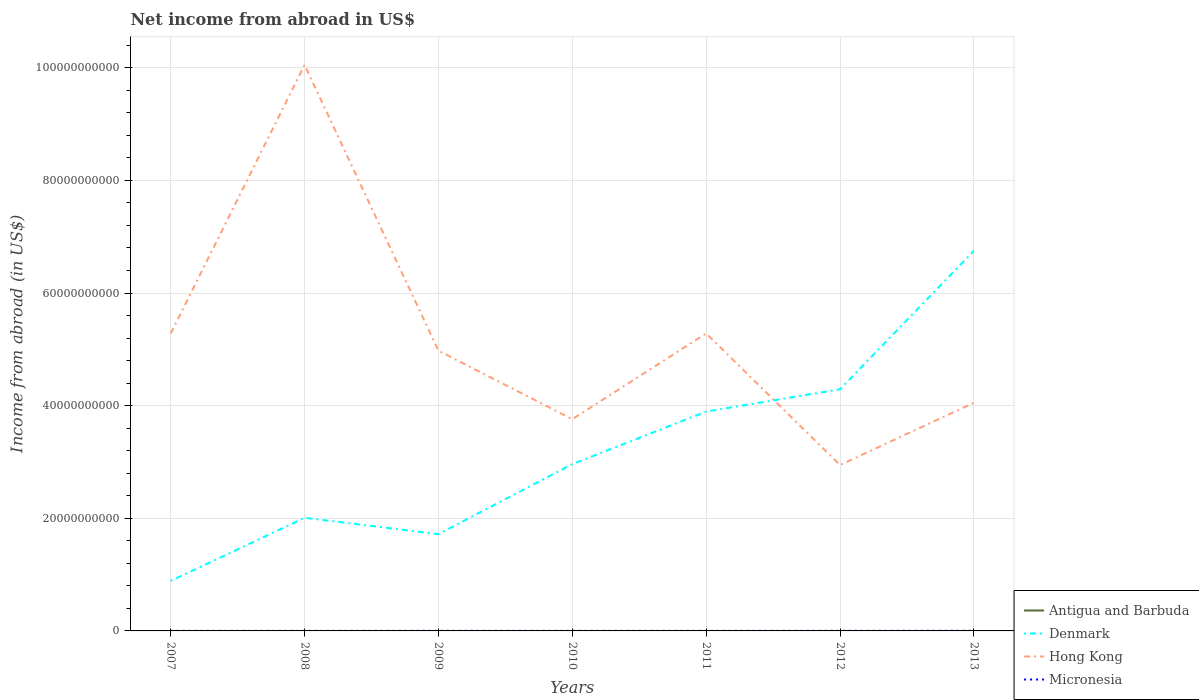
| Years | Antigua and Barbuda | Denmark | Hong Kong | Micronesia |
 | --- | --- | --- | --- | --- |
 | 2007 | -1.42e+08 | 8.88e+09 | 5.28e+10 | 1.05e+07 |
 | 2008 | -1.65e+08 | 2.01e+10 | 1.01e+11 | 7.36e+06 |
 | 2009 | -1.37e+08 | 1.72e+10 | 4.98e+10 | 1.69e+07 |
 | 2010 | -8.5e+07 | 2.96e+10 | 3.76e+10 | 1.1e+07 |
 | 2011 | -1.07e+08 | 3.89e+10 | 5.28e+10 | 1.14e+07 |
 | 2012 | -1.38e+08 | 4.29e+10 | 2.95e+10 | 1.63e+07 |
 | 2013 | -8.35e+07 | 6.75e+10 | 4.05e+10 | 2.7e+07 |